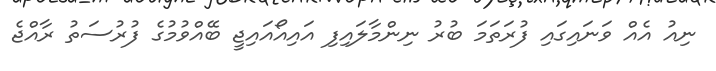
ނިއު އެއް ވަނައިގައި ފުރަތަމަ ބުރު ނިންމާލައިފި އައިއޯއައިޖީ ބޭއްވުމުގެ ފުރުސަތު ރާއްޖެ